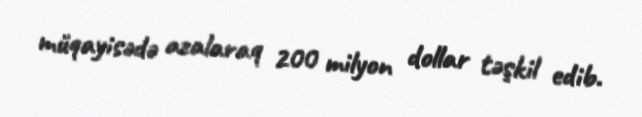
müqayisədə azalaraq 200 milyon dollar təşkil edib.